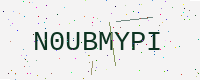
Text: N0UBMYPI